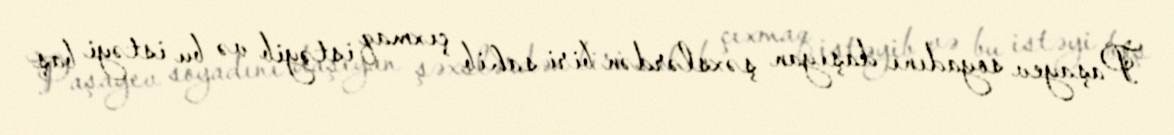
Paşayev soyadını daşıyan şəxslərdən biri sahib çıxmaq istəyib və bu istəyi baş